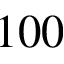
1 0 0